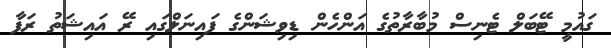
ގައުމީ ޓޭބަލް ޓެނިސް މުބާރާތުގެ އަންހެން ޑިވިޝަންގެ ފައިނަލްގައި ރޭ އައިޝަތު ރަފާ